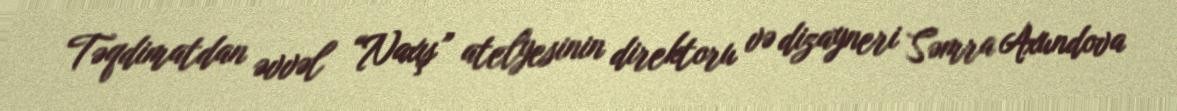
Təqdimatdan əvvəl “Naxış” atelyesinin direktoru və dizayneri Səmra Axundova